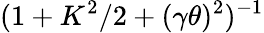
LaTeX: (1+K^{2}/2+(\gamma\theta)^{2})^{-1}